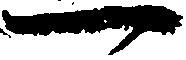
一